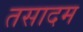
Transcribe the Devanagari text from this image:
तसादम